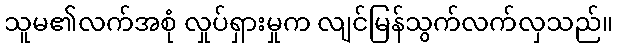
သူမ၏လက်အစုံ လှုပ်ရှားမှုက လျင်မြန်သွက်လက်လှသည်။